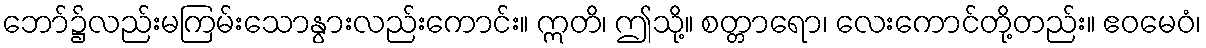
ဘော်၌လည်းမကြမ်းသောနွားလည်းကောင်း။ ဣတိ၊ ဤသို့။ စတ္တာရော၊ လေးကောင်တို့တည်း။ ဧဝမေဝံ၊